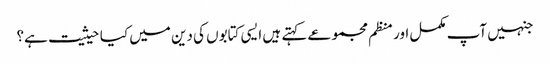
جنہیں آپ مکمل اور منظم مجموعے کہتے ہیں ایسی کتابوں کی دین میں کیا حیثیت ہے؟